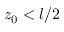
z _ { 0 } < l / 2